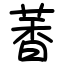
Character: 萫